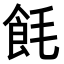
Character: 𬲎